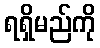
ရရှိမည်ကို